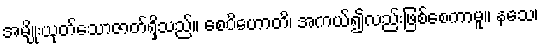
အမျိုးယုတ်သောဇာတ်ရှိသည်။ စေပိဟောတိ၊ အကယ်၍လည်းဖြစ်စေကာမူ။ နသေ၊